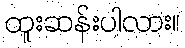
ထူးဆန်းပါလား။